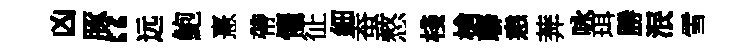
凶䐁“远鮑憙帶懼征細蚕憗棧槍聯恚莾咏珥勝泯雪